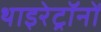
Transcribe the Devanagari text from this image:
थाइरेट्रॉनों